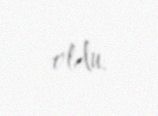
oldu.